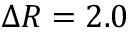
\Delta R = 2 . 0